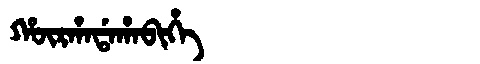
Manchu: ᡥᡡᡵᡥᠠᡩᠠᡥᠠᠪᡳᡥᡝ
Romanization: HŪRHADAHABIHE